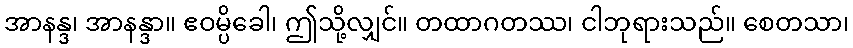
အာနန္ဒ၊ အာနန္ဒာ။ ဧဝမ္ပိခေါ၊ ဤသို့လျှင်။ တထာဂတဿ၊ ငါဘုရားသည်။ စေတသာ၊